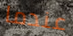
عندما